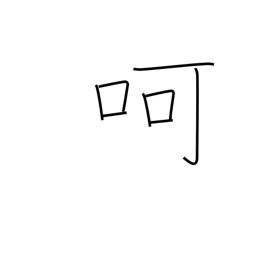
Meaning: blow on